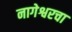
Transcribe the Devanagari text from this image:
नागेश्वरचा